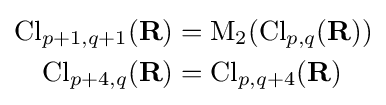
{\begin{aligned}\operatorname {Cl} _{p+1,q+1}(\mathbf {R} )&=\mathrm {M} _{2}(\operatorname {Cl} _{p,q}(\mathbf {R} ))\\\operatorname {Cl} _{p+4,q}(\mathbf {R} )&=\operatorname {Cl} _{p,q+4}(\mathbf {R} )\end{aligned}}